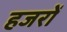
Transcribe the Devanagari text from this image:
हजरों